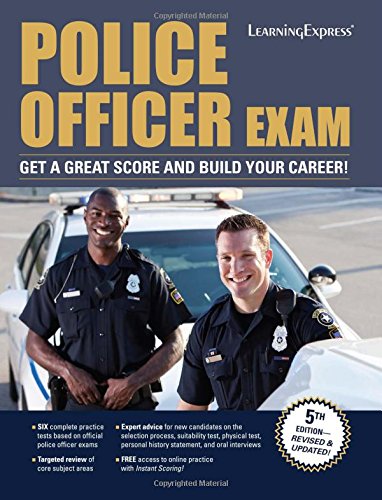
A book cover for Police Officer Exam; Editors Of Learningexpress LLC; Test Preparation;